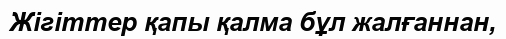
Жігіттер қапы қалма бұл жалғаннан,